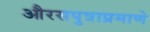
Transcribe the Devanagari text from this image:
औरसपुत्राप्रमाणे